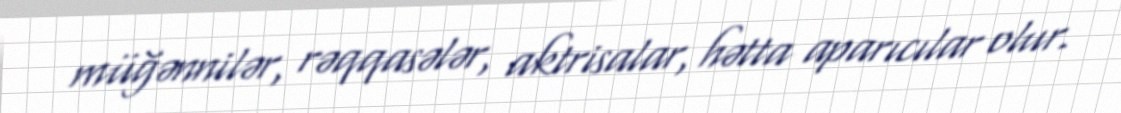
müğənnilər, rəqqasələr, aktrisalar, hətta aparıcılar olur.